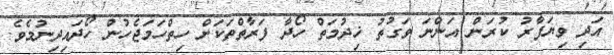
އަދި ވިޔަފާރު ކުރަން އަންނަ ވަގުތު ޚިދުމަތް ހޯދާ ފަރާތްތަކަށް ހިތްހަމަޖެހުން ހޯދައިދިނުމެވެ.